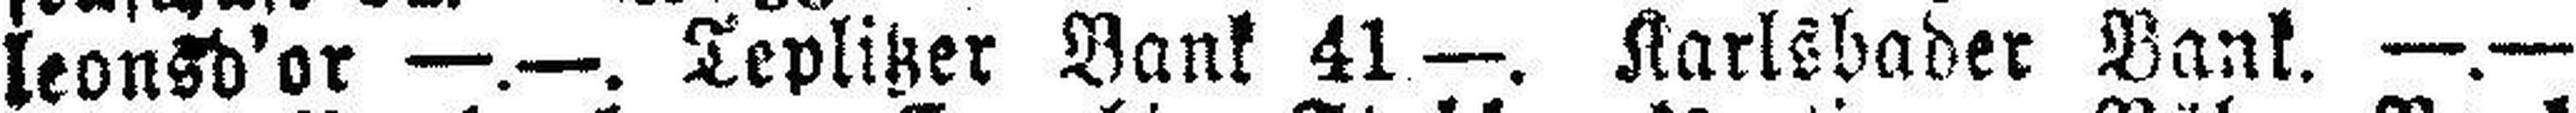
leonsd'or —.—. Teplitzer Bank 41 —. Karlsbader Bank. —.—